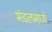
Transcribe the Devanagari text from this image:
मंडलमध्ये